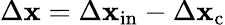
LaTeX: \Delta\mathbf{x}=\Delta\mathbf{x}_{\mathrm{{in}}}-\Delta\mathbf{x}_{\mathrm{{c}}}